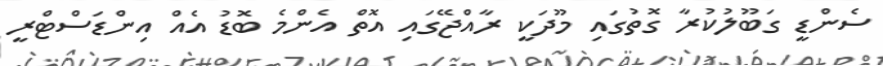
ސެންޑީ ގަބޫލުކުރާ ގޮތުގައި މޫދަކީ ރާއްޖޭގައި އޮތް އެންމެ ބޮޑު އެއް އިންޑަސްޓްރީ